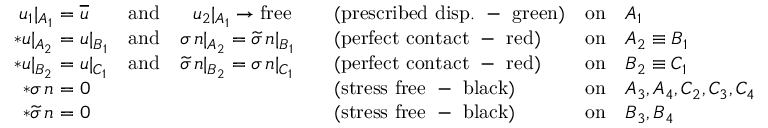
\begin{array} { r } { \begin{array} { r l l l l l } { u _ { 1 } \vert _ { A _ { 1 } } } & { \! \! \! \! = \overline { { u } } } & { \mathrm { a n d } \quad \, \, \, \, u _ { 2 } \vert _ { A _ { 1 } } \to \mathrm { f r e e } } & { \quad ( \mathrm { p r e s c r i b e d ~ d i s p . ~ - ~ g r e e n } ) } & { \mathrm { o n } } & { A _ { 1 } } \\ { * u \vert _ { A _ { 2 } } } & { \! \! \! \! = u \vert _ { B _ { 1 } } } & { \mathrm { a n d } \quad \sigma \, n \vert _ { A _ { 2 } } = \widetilde { \sigma } \, n \vert _ { B _ { 1 } } } & { \quad ( \mathrm { p e r f e c t ~ c o n t a c t ~ - ~ r e d } ) } & { \mathrm { o n } } & { A _ { 2 } \equiv B _ { 1 } } \\ { * u \vert _ { B _ { 2 } } } & { \! \! \! \! = u \vert _ { C _ { 1 } } } & { \mathrm { a n d } \quad \widetilde { \sigma } \, n \vert _ { B _ { 2 } } = \sigma \, n \vert _ { C _ { 1 } } } & { \quad ( \mathrm { p e r f e c t ~ c o n t a c t ~ - ~ r e d } ) } & { \mathrm { o n } } & { B _ { 2 } \equiv C _ { 1 } } \\ { * \sigma \, n } & { \! \! \! \! = 0 } & & { \quad \mathrm { ( s t r e s s ~ f r e e ~ - ~ b l a c k ) } } & { \mathrm { o n } } & { A _ { 3 } , A _ { 4 } , C _ { 2 } , C _ { 3 } , C _ { 4 } } \\ { * \widetilde { \sigma } \, n } & { \! \! \! \! = 0 } & & { \quad \mathrm { ( s t r e s s ~ f r e e ~ - ~ b l a c k ) } } & { \mathrm { o n } } & { B _ { 3 } , B _ { 4 } } \end{array} } \end{array}